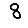
Digit: 8